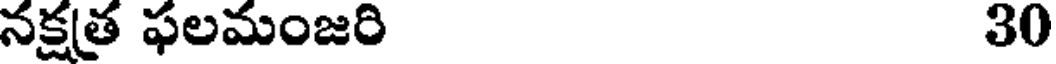
నక్షత్ర ఫలమంజరి 30